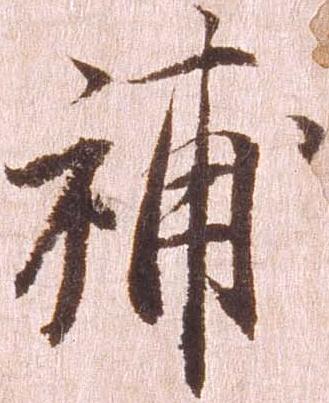
補